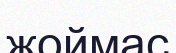
жоймас